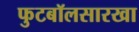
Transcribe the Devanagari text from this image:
फुटबॉलसारखा